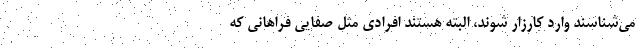
مي‌شناسند وارد كارزار شوند، البته هستند افرادي مثل صفايي فراهاني كه